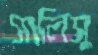
সালিসু